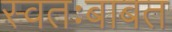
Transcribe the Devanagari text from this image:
स्वतःबाबत